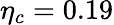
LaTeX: \eta_{c}=0.19